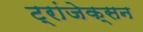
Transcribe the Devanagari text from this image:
ट्रांजेक्सन